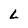
Character: L